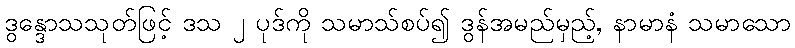
ဒွန္ဒောသသုတ်ဖြင့် ဒသ ၂ ပုဒ်ကို သမာသ်စပ်၍ ဒွန်အမည်မှည့်, နာမာနံ သမာသော